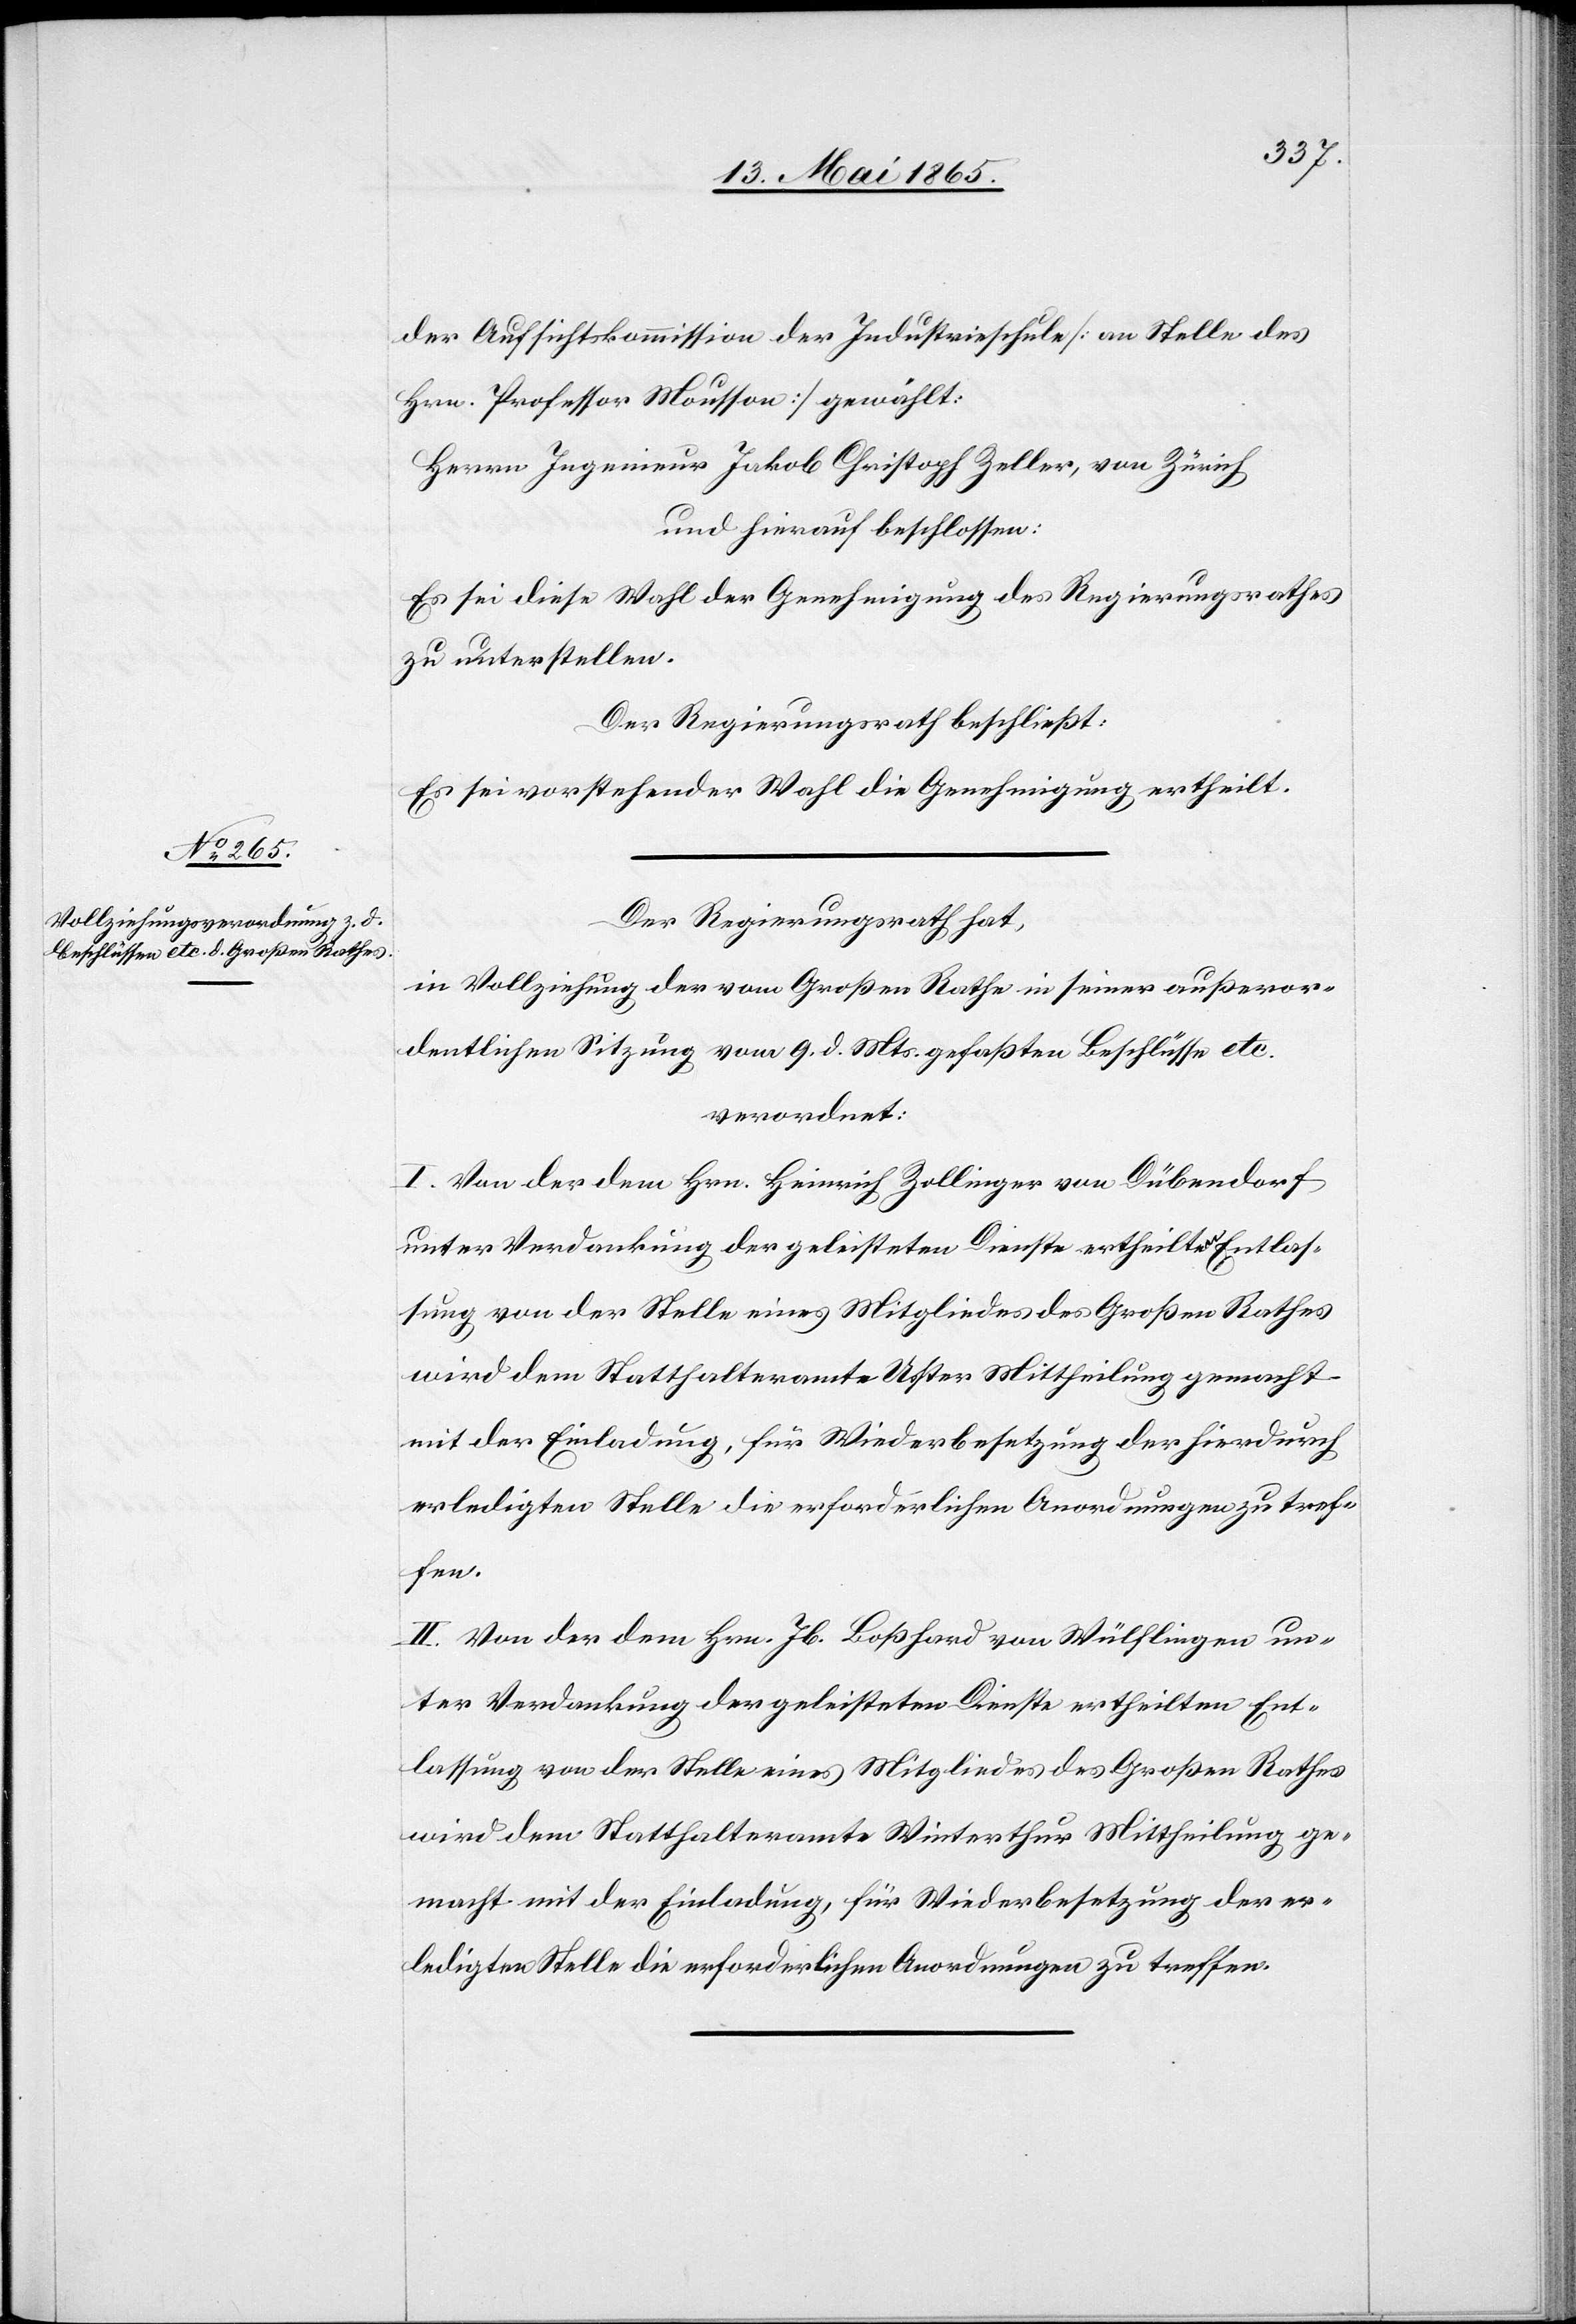
der Aufsichtskommission der Industrieschule [an Stelle des
Hrn. Professor Mousson] gewählt:
Herrn Ingenieur Jakob Christoph Zeller, von Zürich
und hierauf beschlossen:
Es sei diese Wahl der Genehmigung des Regierungsrathes
zu unterstellen.
Der Regierungsrath beschließt:
Es sei vorstehender Wahl die Genehmigung ertheilt.
Der Regierungsrath hat,
in Vollziehung der vom Großen Rathe in seiner außeror¬
dentlichen Sitzung vom 9. d. Mts. gefaßten Beschlüsse etc.
verordnet:
I. Von der dem Hrn. Heinrich Zollinger von Dübendorf
unter Verdankung der geleisteten Dienste ertheilten Entlas¬
sung von der Stelle eines Mitgliedes des Großen Rathes
wird dem Statthalteramte Uster Mittheilung gemacht
mit der Einladung, für Wiederbesetzung der hierdurch
erledigten Stelle die erforderlichen Anordnungen zu tref¬
fen.
II. Von der dem Hrn. Jb. Boßhard von Wülflingen un¬
ter Verdankung der geleisteten Dienste ertheilten Ent¬
lassung von der Stelle eines Mitgliedes des Großen Rathes
wird dem Statthalteramte Winterthur Mittheilung ge¬
macht mit der Einladung, für Wiederbesetzung der er¬
ledigten Stelle die erforderlichen Anordnungen zu treffen.